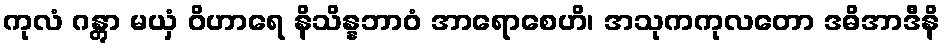
ကုလံ ဂန္တွာ မယှံ ဝိဟာရေ နိသိန္နဘာဝံ အာရောစေဟိ၊ အသုကကုလတော ဒဓိအာဒီနိ